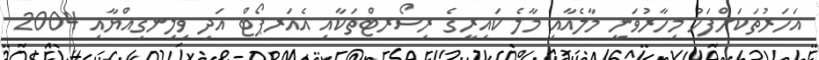
އަހަރުތަކަށްފަހު މިހާރުވަނީ މާލެއާއި މާލެ ކައިރީގެ ރިސޯރޓްތަކާއި އެއަރޕޯޓް އަދި ވިލިނގިއްޔާއި 2004